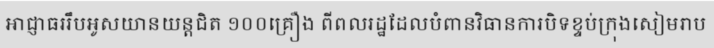
អាជ្ញាធររឹបអូសយានយន្តជិត ១០០គ្រឿង ពីពលរដ្ឋដែលបំពានវិធានការបិទខ្ទប់ក្រុងសៀមរាប